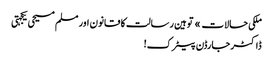
ملکی حالات » توہین رسالت کا قانون اور مسلم مسیحی یکجہتی
ڈاکٹر جارڈن پیٹرک!